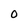
Character: O